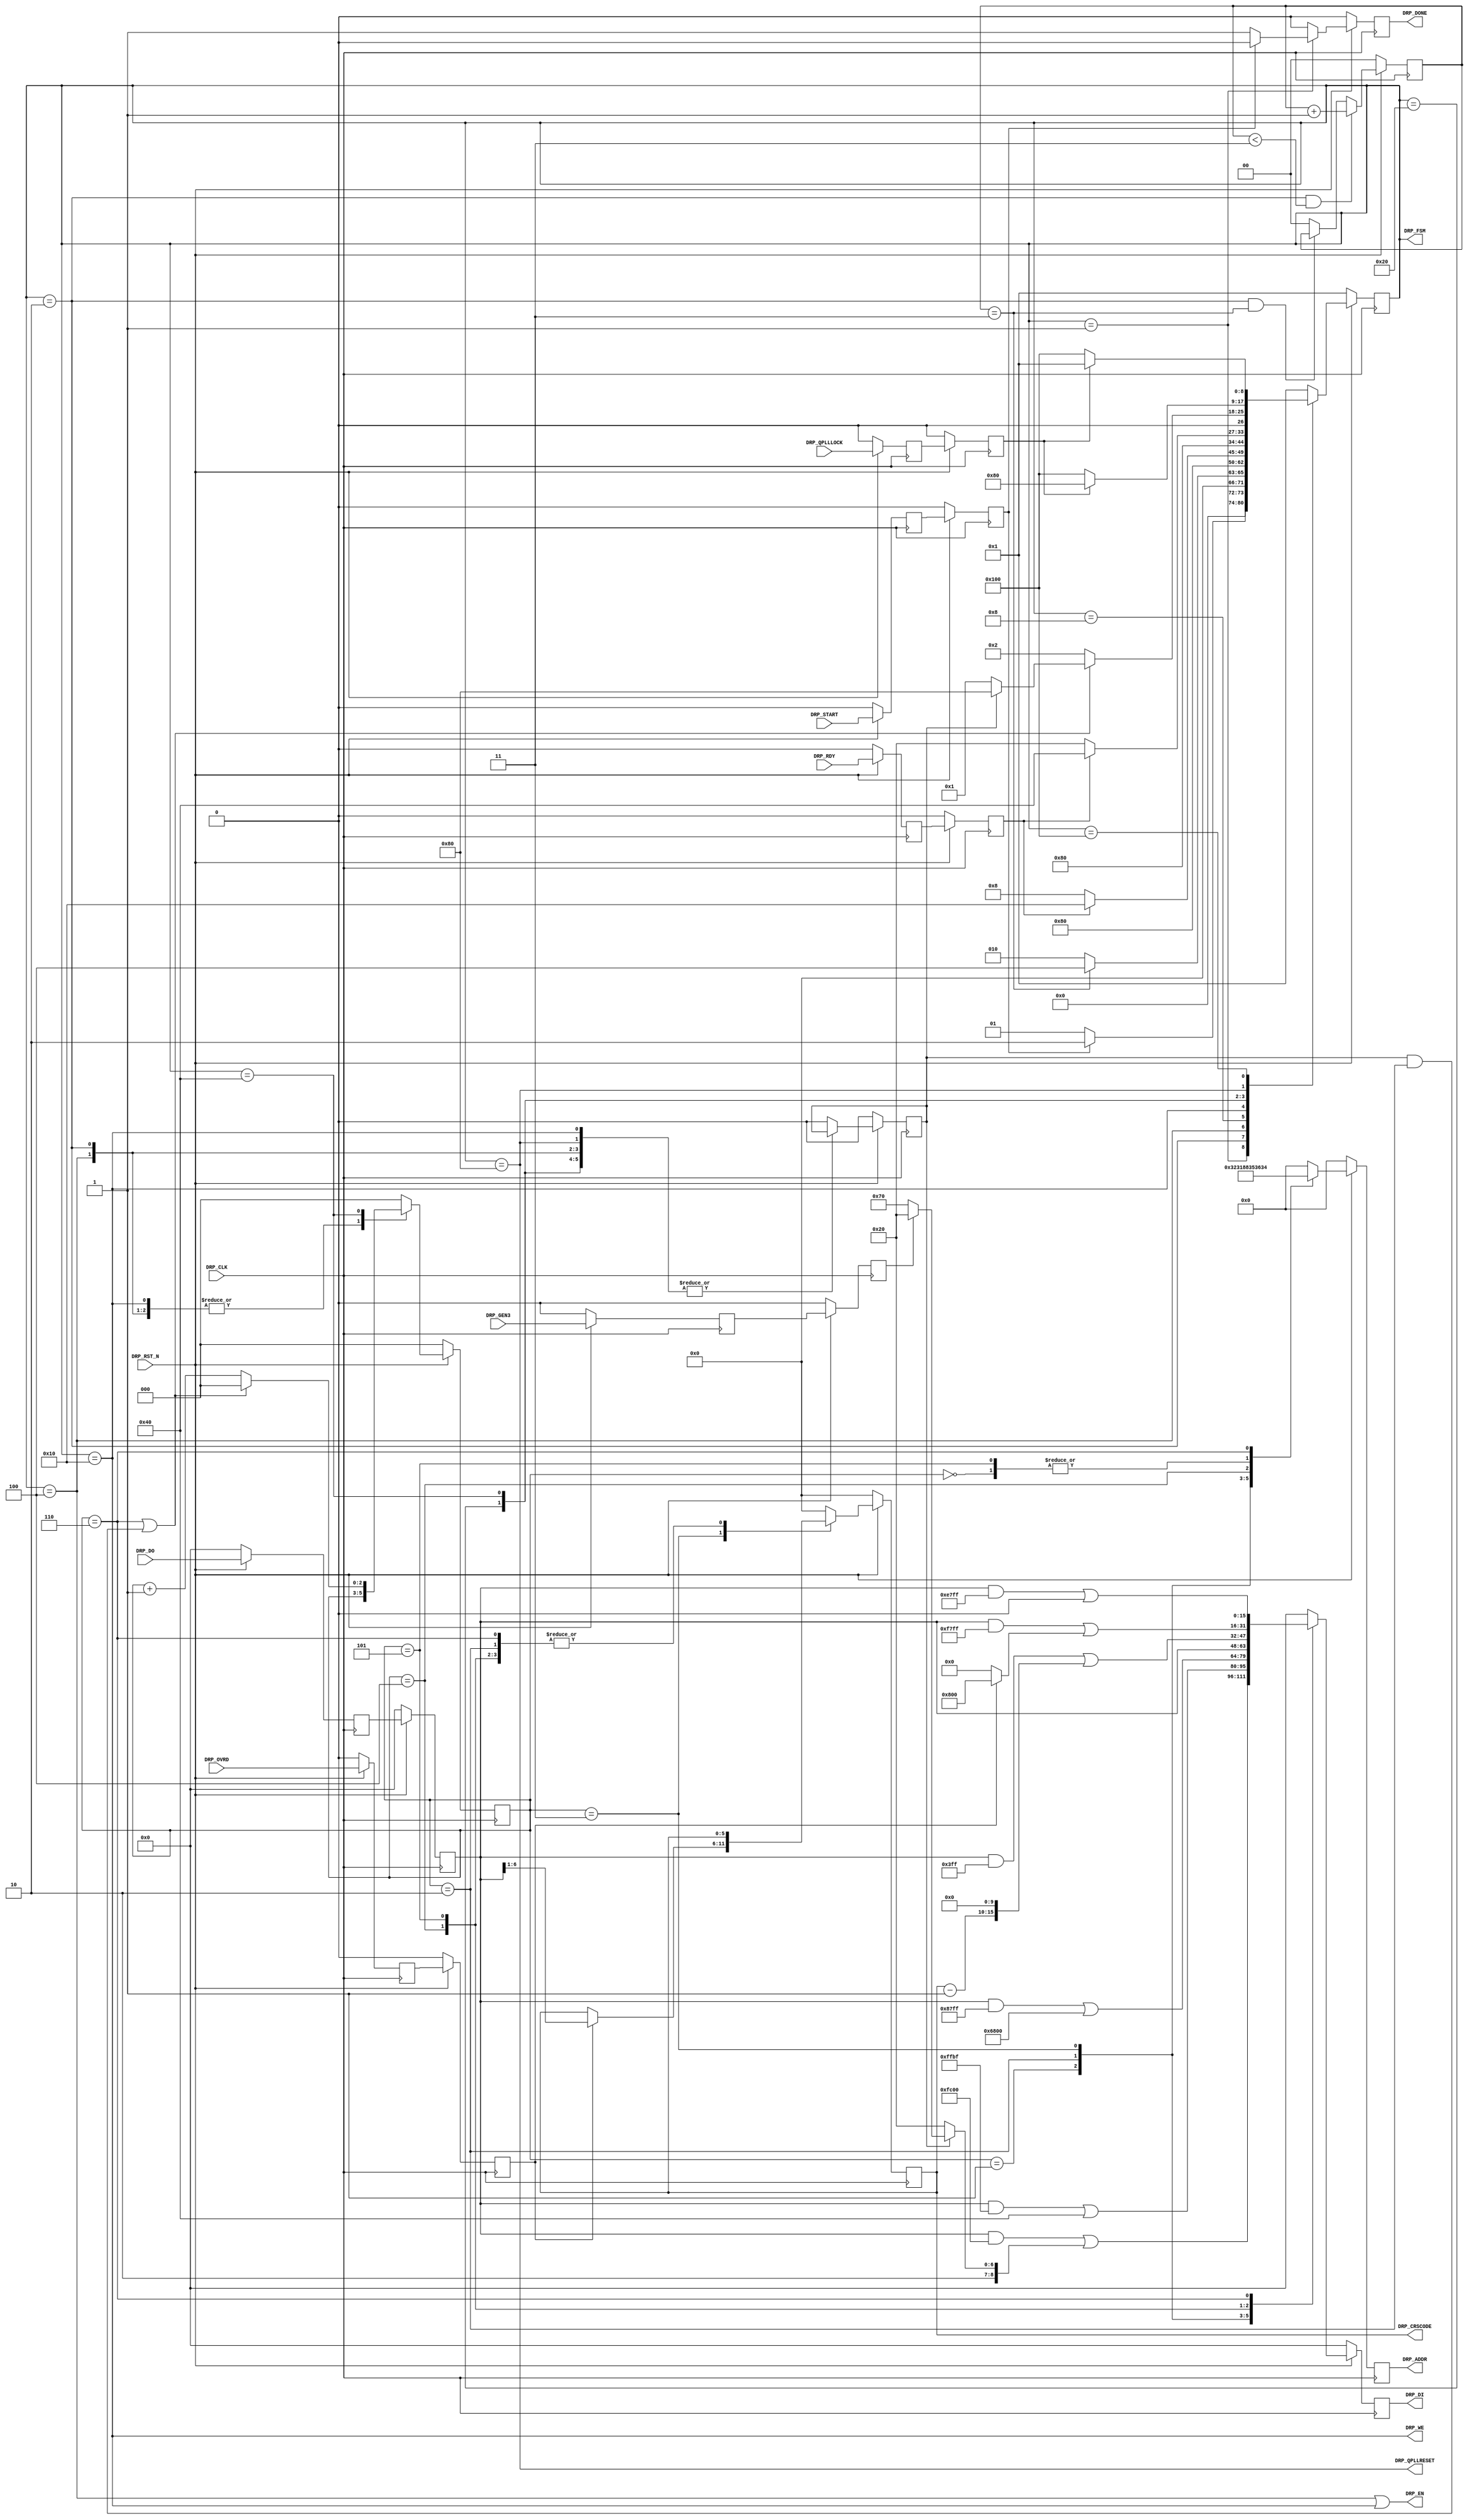
//-----------------------------------------------------------------------------
//
// (c) Copyright 2010-2011 Xilinx, Inc. All rights reserved.
//
// This file contains confidential and proprietary information
// of Xilinx, Inc. and is protected under U.S. and
// international copyright and other intellectual property
// laws.
//
// DISCLAIMER
// This disclaimer is not a license and does not grant any
// rights to the materials distributed herewith. Except as
// otherwise provided in a valid license issued to you by
// Xilinx, and to the maximum extent permitted by applicable
// law: (1) THESE MATERIALS ARE MADE AVAILABLE "AS IS" AND
// WITH ALL FAULTS, AND XILINX HEREBY DISCLAIMS ALL WARRANTIES
// AND CONDITIONS, EXPRESS, IMPLIED, OR STATUTORY, INCLUDING
// BUT NOT LIMITED TO WARRANTIES OF MERCHANTABILITY, NON-
// INFRINGEMENT, OR FITNESS FOR ANY PARTICULAR PURPOSE; and
// (2) Xilinx shall not be liable (whether in contract or tort,
// including negligence, or under any other theory of
// liability) for any loss or damage of any kind or nature
// related to, arising under or in connection with these
// materials, including for any direct, or any indirect,
// special, incidental, or consequential loss or damage
// (including loss of data, profits, goodwill, or any type of
// loss or damage suffered as a result of any action brought
// by a third party) even if such damage or loss was
// reasonably foreseeable or Xilinx had been advised of the
// possibility of the same.
//
// CRITICAL APPLICATIONS
// Xilinx products are not designed or intended to be fail-
// safe, or for use in any application requiring fail-safe
// performance, such as life-support or safety devices or
// systems, Class III medical devices, nuclear facilities,
// applications related to the deployment of airbags, or any
// other applications that could lead to death, personal
// injury, or severe property or environmental damage
// (individually and collectively, "Critical
// Applications"). Customer assumes the sole risk and
// liability of any use of Xilinx products in Critical
// Applications, subject only to applicable laws and
// regulations governing limitations on product liability.
//
// THIS COPYRIGHT NOTICE AND DISCLAIMER MUST BE RETAINED AS
// PART OF THIS FILE AT ALL TIMES.
//
//-----------------------------------------------------------------------------
// Project    : Series-7 Integrated Block for PCI Express
// Version    : 1.11
//------------------------------------------------------------------------------
//  Description  :  QPLL DRP Module for 7 Series Transceiver
//  Version      :  18.2
//------------------------------------------------------------------------------



`timescale 1ns / 1ps



//---------- QPLL DRP Module ---------------------------------------------------
module pcieCore_qpll_drp #
(

    parameter PCIE_GT_DEVICE   = "GTX",                     // PCIe GT device
    parameter PCIE_USE_MODE    = "3.0",                     // PCIe use mode
    parameter PCIE_PLL_SEL     = "CPLL",                    // PCIe PLL select for Gen1/Gen2 only
    parameter PCIE_REFCLK_FREQ = 0,                         // PCIe reference clock frequency
    parameter LOAD_CNT_MAX     = 2'd3,                      // Load max count
    parameter INDEX_MAX        = 3'd6                       // Index max count
        
)

(
    
    //---------- Input -------------------------------------
    input               DRP_CLK,
    input               DRP_RST_N,
    input               DRP_OVRD,
    input               DRP_GEN3,
    input               DRP_QPLLLOCK,
    input               DRP_START,
    input       [15:0]  DRP_DO,
    input               DRP_RDY,
    
    //---------- Output ------------------------------------
    output      [ 7:0]  DRP_ADDR,
    output              DRP_EN,  
    output      [15:0]  DRP_DI,   
    output              DRP_WE,
    output              DRP_DONE,
    output              DRP_QPLLRESET,
    output      [ 5:0]  DRP_CRSCODE,
    output      [ 8:0]  DRP_FSM
    
);

    //---------- Input Registers ---------------------------
(* ASYNC_REG = "TRUE", SHIFT_EXTRACT = "NO" *)    reg                 ovrd_reg1;
(* ASYNC_REG = "TRUE", SHIFT_EXTRACT = "NO" *)    reg                 gen3_reg1;
(* ASYNC_REG = "TRUE", SHIFT_EXTRACT = "NO" *)    reg                 qplllock_reg1;
(* ASYNC_REG = "TRUE", SHIFT_EXTRACT = "NO" *)    reg                 start_reg1;
(* ASYNC_REG = "TRUE", SHIFT_EXTRACT = "NO" *)    reg         [15:0]  do_reg1;
(* ASYNC_REG = "TRUE", SHIFT_EXTRACT = "NO" *)    reg                 rdy_reg1;
    
(* ASYNC_REG = "TRUE", SHIFT_EXTRACT = "NO" *)    reg                 ovrd_reg2;
(* ASYNC_REG = "TRUE", SHIFT_EXTRACT = "NO" *)    reg                 gen3_reg2;
(* ASYNC_REG = "TRUE", SHIFT_EXTRACT = "NO" *)    reg                 qplllock_reg2;
(* ASYNC_REG = "TRUE", SHIFT_EXTRACT = "NO" *)    reg                 start_reg2;
(* ASYNC_REG = "TRUE", SHIFT_EXTRACT = "NO" *)    reg         [15:0]  do_reg2;
(* ASYNC_REG = "TRUE", SHIFT_EXTRACT = "NO" *)    reg                 rdy_reg2;
    
    //---------- Internal Signals --------------------------
    reg         [ 1:0]  load_cnt =  2'd0;
    reg         [ 2:0]  index    =  3'd0;
    reg                 mode     =  1'd0;
    reg         [ 5:0]  crscode  =  6'd0;
    
    //---------- Output Registers --------------------------
    reg         [ 7:0]  addr    =  8'd0;
    reg         [15:0]  di      = 16'd0;
    reg                 done    =  1'd0;
    reg         [ 8:0]  fsm     =  7'd1;      
                        
    //---------- DRP Address -------------------------------  
    localparam          ADDR_QPLL_FBDIV               = 8'h36;
    localparam          ADDR_QPLL_CFG                 = 8'h32;
    localparam          ADDR_QPLL_LPF                 = 8'h31;  
    localparam          ADDR_CRSCODE                  = 8'h88;  
    localparam          ADDR_QPLL_COARSE_FREQ_OVRD    = 8'h35;
    localparam          ADDR_QPLL_COARSE_FREQ_OVRD_EN = 8'h36;  
    localparam          ADDR_QPLL_LOCK_CFG            = 8'h34;
    
    //---------- DRP Mask ----------------------------------
    localparam          MASK_QPLL_FBDIV               = 16'b1111110000000000;  // Unmask bit [ 9: 0] 
    localparam          MASK_QPLL_CFG                 = 16'b1111111110111111;  // Unmask bit [    6]
    localparam          MASK_QPLL_LPF                 = 16'b1000011111111111;  // Unmask bit [14:11]
    localparam          MASK_QPLL_COARSE_FREQ_OVRD    = 16'b0000001111111111;  // Unmask bit [15:10] 
    localparam          MASK_QPLL_COARSE_FREQ_OVRD_EN = 16'b1111011111111111;  // Unmask bit [   11]      
    localparam          MASK_QPLL_LOCK_CFG            = 16'b1110011111111111;  // Unmask bit [12:11]     

    //---------- DRP Data for Normal QPLLLOCK Mode ---------
    localparam          NORM_QPLL_COARSE_FREQ_OVRD    = 16'b0000000000000000;  // Coarse freq value
    localparam          NORM_QPLL_COARSE_FREQ_OVRD_EN = 16'b0000000000000000;  // Normal QPLL lock  
    localparam          NORM_QPLL_LOCK_CFG            = 16'b0000000000000000;  // Normal QPLL lock config 
     
    //---------- DRP Data for Optimize QPLLLOCK Mode -------
    localparam          OVRD_QPLL_COARSE_FREQ_OVRD    = 16'b0000000000000000;  // Coarse freq value
    localparam          OVRD_QPLL_COARSE_FREQ_OVRD_EN = 16'b0000100000000000;  // Override QPLL lock 
    localparam          OVRD_QPLL_LOCK_CFG            = 16'b0000000000000000;  // Override QPLL lock config 
    
    //---------- Select QPLL Feedback Divider --------------
    //  N = 100 for 100 MHz ref clk and 10Gb/s line rate
    //  N =  80 for 125 MHz ref clk and 10Gb/s line rate
    //  N =  40 for 250 MHz ref clk and 10Gb/s line rate
    //------------------------------------------------------
    //  N =  80 for 100 MHz ref clk and  8Gb/s line rate
    //  N =  64 for 125 MHz ref clk and  8Gb/s line rate
    //  N =  32 for 250 MHz ref clk and  8Gb/s line rate
    //------------------------------------------------------
    localparam          QPLL_FBDIV = (PCIE_REFCLK_FREQ == 2) && (PCIE_PLL_SEL == "QPLL") ? 16'b0000000010000000 : 
                                     (PCIE_REFCLK_FREQ == 1) && (PCIE_PLL_SEL == "QPLL") ? 16'b0000000100100000 : 
                                     (PCIE_REFCLK_FREQ == 0) && (PCIE_PLL_SEL == "QPLL") ? 16'b0000000101110000 : 
                                     (PCIE_REFCLK_FREQ == 2) && (PCIE_PLL_SEL == "CPLL") ? 16'b0000000001100000 : 
                                     (PCIE_REFCLK_FREQ == 1) && (PCIE_PLL_SEL == "CPLL") ? 16'b0000000011100000 : 16'b0000000100100000;
    
    localparam          GEN12_QPLL_FBDIV = (PCIE_REFCLK_FREQ == 2) ? 16'b0000000010000000 : 
                                           (PCIE_REFCLK_FREQ == 1) ? 16'b0000000100100000 : 16'b0000000101110000;

    localparam          GEN3_QPLL_FBDIV  = (PCIE_REFCLK_FREQ == 2) ? 16'b0000000001100000 : 
                                           (PCIE_REFCLK_FREQ == 1) ? 16'b0000000011100000 : 16'b0000000100100000;
     
    //---------- Select QPLL Configuration ---------------------------
    //  QPLL_CFG[6] = 0 for upper band
    //              = 1 for lower band
    //----------------------------------------------------------------
    localparam          GEN12_QPLL_CFG = (PCIE_PLL_SEL == "QPLL") ? 16'b0000000000000000 : 16'b0000000001000000;
    localparam          GEN3_QPLL_CFG  = 16'b0000000001000000;  
     
    //---------- Select QPLL LPF -------------------------------------
    localparam          GEN12_QPLL_LPF = (PCIE_PLL_SEL == "QPLL") ? 16'b0_0100_00000000000 : 16'b0_1101_00000000000;
    localparam          GEN3_QPLL_LPF  = 16'b0_1101_00000000000;  
     
     
     
    //---------- DRP Data ----------------------------------       
    wire        [15:0]  data_qpll_fbdiv;  
    wire        [15:0]  data_qpll_cfg;  
    wire        [15:0]  data_qpll_lpf;  
    wire        [15:0]  data_qpll_coarse_freq_ovrd;               
    wire        [15:0]  data_qpll_coarse_freq_ovrd_en; 
    wire        [15:0]  data_qpll_lock_cfg;      
           
    //---------- FSM ---------------------------------------  
    localparam          FSM_IDLE      = 9'b000000001;  
    localparam          FSM_LOAD      = 9'b000000010;                           
    localparam          FSM_READ      = 9'b000000100;
    localparam          FSM_RRDY      = 9'b000001000;
    localparam          FSM_WRITE     = 9'b000010000;
    localparam          FSM_WRDY      = 9'b000100000;    
    localparam          FSM_DONE      = 9'b001000000; 
    localparam          FSM_QPLLRESET = 9'b010000000; 
    localparam          FSM_QPLLLOCK  = 9'b100000000;


    
//---------- Input FF ----------------------------------------------------------
always @ (posedge DRP_CLK)
begin

    if (!DRP_RST_N)
        begin
        //---------- 1st Stage FF --------------------------
        ovrd_reg1     <=  1'd0;
        gen3_reg1     <=  1'd0;
        qplllock_reg1 <=  1'd0;
        start_reg1    <=  1'd0;
        do_reg1       <= 16'd0;
        rdy_reg1      <=  1'd0;
        //---------- 2nd Stage FF --------------------------
        ovrd_reg2     <=  1'd0;
        gen3_reg2     <=  1'd0;
        qplllock_reg2 <=  1'd0;
        start_reg2    <=  1'd0;
        do_reg2       <= 16'd0;
        rdy_reg2      <=  1'd0;
        end
        
    else
        begin
        //---------- 1st Stage FF --------------------------
        ovrd_reg1     <= DRP_OVRD;
        gen3_reg1     <= DRP_GEN3;
        qplllock_reg1 <= DRP_QPLLLOCK;
        start_reg1    <= DRP_START;
        do_reg1       <= DRP_DO;
        rdy_reg1      <= DRP_RDY;
        //---------- 2nd Stage FF --------------------------
        ovrd_reg2     <= ovrd_reg1;
        gen3_reg2     <= gen3_reg1;
        qplllock_reg2 <= qplllock_reg1;
        start_reg2    <= start_reg1;
        do_reg2       <= do_reg1;
        rdy_reg2      <= rdy_reg1;
        end
    
end  



//---------- Select DRP Data ---------------------------------------------------
assign data_qpll_fbdiv               = (gen3_reg2) ? GEN3_QPLL_FBDIV : GEN12_QPLL_FBDIV;
assign data_qpll_cfg                 = (gen3_reg2) ? GEN3_QPLL_CFG   : GEN12_QPLL_CFG;
assign data_qpll_lpf                 = (gen3_reg2) ? GEN3_QPLL_LPF   : GEN12_QPLL_LPF;
assign data_qpll_coarse_freq_ovrd    =  NORM_QPLL_COARSE_FREQ_OVRD;
assign data_qpll_coarse_freq_ovrd_en = (ovrd_reg2) ? OVRD_QPLL_COARSE_FREQ_OVRD_EN : NORM_QPLL_COARSE_FREQ_OVRD_EN;
assign data_qpll_lock_cfg            = (ovrd_reg2) ? OVRD_QPLL_LOCK_CFG            : NORM_QPLL_LOCK_CFG;


//---------- Load Counter ------------------------------------------------------
always @ (posedge DRP_CLK)
begin

    if (!DRP_RST_N)
        load_cnt <= 2'd0;
    else
    
        //---------- Increment Load Counter ----------------
        if ((fsm == FSM_LOAD) && (load_cnt < LOAD_CNT_MAX))
            load_cnt <= load_cnt + 2'd1;
            
        //---------- Hold Load Counter ---------------------
        else if ((fsm == FSM_LOAD) && (load_cnt == LOAD_CNT_MAX))
            load_cnt <= load_cnt;
            
        //---------- Reset Load Counter --------------------
        else
            load_cnt <= 2'd0;
        
end 



//---------- Update DRP Address and Data ---------------------------------------
always @ (posedge DRP_CLK)
begin

    if (!DRP_RST_N)
        begin
        addr    <=  8'd0;
        di      <= 16'd0;
        crscode <=  6'd0;
        end
    else
        begin
        
        case (index)

        //--------------------------------------------------    
        3'd0 :
            begin        
            addr    <= ADDR_QPLL_FBDIV;
            di      <= (do_reg2 & MASK_QPLL_FBDIV) | (mode ? data_qpll_fbdiv : QPLL_FBDIV);
            crscode <= crscode;
            end   
                
        //--------------------------------------------------    
        3'd1 :
            begin       
            addr    <= ADDR_QPLL_CFG;
            if (PCIE_GT_DEVICE == "GTX") 
                di <= (do_reg2 & MASK_QPLL_CFG) | data_qpll_cfg;
            else
                di <= (do_reg2 & 16'hFFFF) | data_qpll_cfg;
            crscode <= crscode;
            end       
            
        //--------------------------------------------------    
        3'd2 :
            begin        
            addr    <= ADDR_QPLL_LPF;
            if (PCIE_GT_DEVICE == "GTX") 
                di <= (do_reg2 & MASK_QPLL_LPF) | data_qpll_lpf;
            else
                di <= (do_reg2 & 16'hFFFF) | data_qpll_lpf;
            crscode <= crscode;
            end     
                
        //--------------------------------------------------
        3'd3 :
            begin        
            addr <= ADDR_CRSCODE;
            di   <= do_reg2;
            
            //---------- Latch CRS Code --------------------
            if (ovrd_reg2)
                crscode <= do_reg2[6:1];                 
            else
                crscode <= crscode;   
            end
           
        //--------------------------------------------------    
        3'd4 :
            begin        
            addr    <= ADDR_QPLL_COARSE_FREQ_OVRD;
            di      <= (do_reg2 & MASK_QPLL_COARSE_FREQ_OVRD) | {(crscode - 6'd1), data_qpll_coarse_freq_ovrd[9:0]};
            crscode <= crscode;
            end    
            
        //--------------------------------------------------    
        3'd5 :
            begin        
            addr    <= ADDR_QPLL_COARSE_FREQ_OVRD_EN;
            di      <= (do_reg2 & MASK_QPLL_COARSE_FREQ_OVRD_EN) | data_qpll_coarse_freq_ovrd_en;
            crscode <= crscode;
            end    
            
        //--------------------------------------------------    
        3'd6 :
            begin        
            addr    <= ADDR_QPLL_LOCK_CFG;
            di      <= (do_reg2 & MASK_QPLL_LOCK_CFG) | data_qpll_lock_cfg;
            crscode <= crscode;
            end       
            
        //--------------------------------------------------
        default : 
            begin
            addr    <=  8'd0;
            di      <= 16'd0;
            crscode <=  6'd0;
            end
            
        endcase
        
        end
        
end  



//---------- QPLL DRP FSM ------------------------------------------------------
always @ (posedge DRP_CLK)
begin

    if (!DRP_RST_N)
        begin
        fsm   <= FSM_IDLE;
        index <= 3'd0;
        mode  <= 1'd0;
        done  <= 1'd0;
        end
    else
        begin
        
        case (fsm)

        //---------- Idle State ----------------------------
        FSM_IDLE :  
          
            begin
            if (start_reg2)
                begin
                fsm   <= FSM_LOAD;
                index <= 3'd0;
                mode  <= 1'd0;
                done  <= 1'd0;
                end
            else if ((gen3_reg2 != gen3_reg1) && (PCIE_PLL_SEL == "QPLL"))
                begin
                fsm   <= FSM_LOAD;
                index <= 3'd0;
                mode  <= 1'd1;
                done  <= 1'd0;
                end
            else
                begin
                fsm   <= FSM_IDLE;
                index <= 3'd0;
                mode  <= 1'd0;
                done  <= 1'd1;
                end
            end    
            
        //---------- Load DRP Address  ---------------------
        FSM_LOAD :
        
            begin
            fsm   <= (load_cnt == LOAD_CNT_MAX) ? FSM_READ : FSM_LOAD;
            index <= index;
            mode  <= mode;
            done  <= 1'd0;
            end  
            
        //---------- Read DRP ------------------------------
        FSM_READ :
        
            begin
            fsm   <= FSM_RRDY;
            index <= index;
            mode  <= mode;
            done  <= 1'd0;
            end
            
        //---------- Read DRP Ready ------------------------
        FSM_RRDY :    
        
            begin
            fsm   <= (rdy_reg2 ? FSM_WRITE : FSM_RRDY);
            index <= index;
            mode  <= mode;
            done  <= 1'd0;
            end  
            
        //---------- Write DRP -----------------------------
        FSM_WRITE :    
        
            begin
            fsm   <= FSM_WRDY;
            index <= index;
            mode  <= mode;
            done  <= 1'd0;
            end       
            
        //---------- Write DRP Ready -----------------------
        FSM_WRDY :    
        
            begin
            fsm   <= (rdy_reg2 ? FSM_DONE : FSM_WRDY);
            index <= index;
            mode  <= mode;
            done  <= 1'd0;
            end        
             
        //---------- DRP Done ------------------------------
        FSM_DONE :
        
            begin
            if ((index == INDEX_MAX) || (mode && (index == 3'd2)))
                begin
                fsm   <= mode ? FSM_QPLLRESET : FSM_IDLE;
                index <= 3'd0;
                mode  <= mode;
                done  <= 1'd0;
                end
            else       
                begin
                fsm   <= FSM_LOAD;
                index <= index + 3'd1;
                mode  <= mode;
                done  <= 1'd0;
                end
            end     
        
        //---------- QPLL Reset ----------------------------      
        FSM_QPLLRESET :
        
            begin
            fsm   <= !qplllock_reg2 ? FSM_QPLLLOCK : FSM_QPLLRESET;
            index <= 3'd0;
            mode  <= mode;
            done  <= 1'd0;
            end
            
        //---------- QPLL Reset ----------------------------      
        FSM_QPLLLOCK :
        
            begin
            fsm   <= qplllock_reg2 ? FSM_IDLE : FSM_QPLLLOCK;
            index <= 3'd0;
            mode  <= mode;
            done  <= 1'd0;
            end
              
        //---------- Default State -------------------------
        default :
        
            begin      
            fsm   <= FSM_IDLE;
            index <= 3'd0;
            mode  <= 1'd0;
            done  <= 1'd0;
            end
            
        endcase
        
        end
        
end 



//---------- QPLL DRP Output ---------------------------------------------------
assign DRP_ADDR      = addr;
assign DRP_EN        = (fsm == FSM_READ) || (fsm == FSM_WRITE);
assign DRP_DI        = di;
assign DRP_WE        = (fsm == FSM_WRITE); // || (fsm == FSM_WRDY);
assign DRP_DONE      = done;
assign DRP_QPLLRESET = (fsm == FSM_QPLLRESET);
assign DRP_CRSCODE   = crscode;
assign DRP_FSM       = fsm;



endmodule